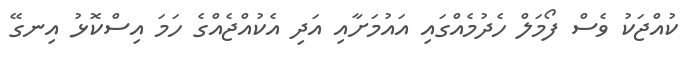
ކުއްޖަކު ވެސް ފޯމަލް ހެދުމެއްގައި އައުމަށާއި އަދި އެކުއްޖެއްގެ ހަމަ އިސްކޮޅު އިނގޭ